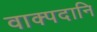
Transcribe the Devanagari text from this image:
वाक्पदानि